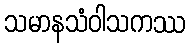
သမာနသံဝါသကဿ